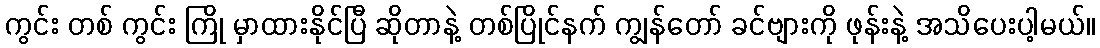
ကွင်း တစ် ကွင်း ကြို မှာထားနိုင်ပြီ ဆိုတာနဲ့ တစ်ပြိုင်နက် ကျွန်တော် ခင်ဗျားကို ဖုန်းနဲ့ အသိပေးပါ့မယ်။